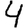
Digit: 4